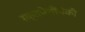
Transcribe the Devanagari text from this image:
रक्तपेशींपैकी